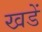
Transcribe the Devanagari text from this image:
खडें